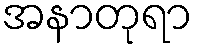
အနာတုရာ